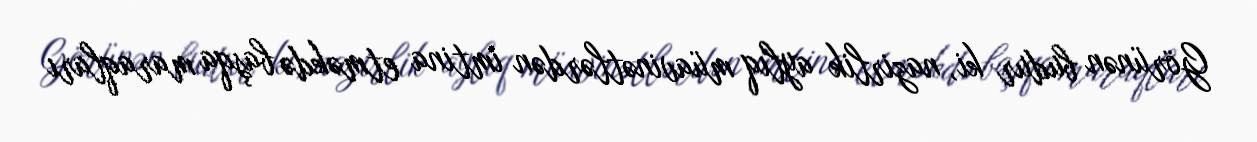
Görünən budur ki, nazirlik aylıq müavinətlərdən imtina etməkdə başqa maraqları